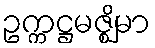
ဥက္ကဋ္ဌမဇ္ဈိမာ